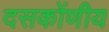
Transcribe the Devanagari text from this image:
दसकोंणीय